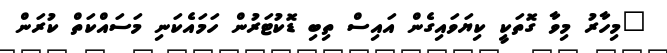
"މިހާރު މިވާ ގޮތަކީ ކިޔަވައިގެން އައިސް ތިބި ޑޮކުޓަރުން ހަމައެކަނި މަސައްކަތް ކުރަން